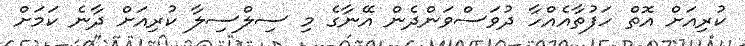
ކުރިއަށް އޮތް ހަފުތާއެއްހާ ދުވަސްވަންދެން އޭނާގެ މި ސިލްސިލާ ކުރިއަށް ދާނެ ކަމަށް